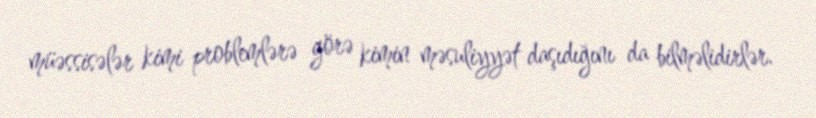
müəssisələr kimi problemlərə görə kimin məsuliyyət daşıdığını da bilməlidirlər.